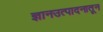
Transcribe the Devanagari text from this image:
ज्ञानउत्पादनातून